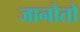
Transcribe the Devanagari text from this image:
जानोतो